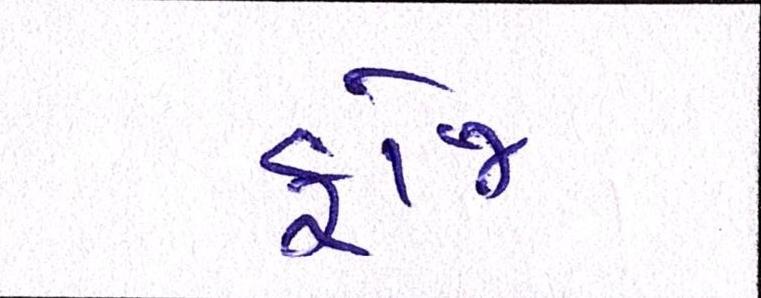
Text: ફોજ